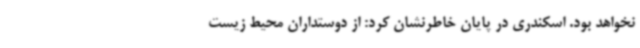
نخواهد بود. اسکندری در پایان خاطرنشان کرد: از دوستداران محیط زیست